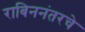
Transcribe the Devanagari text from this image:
राबिननंतरचे